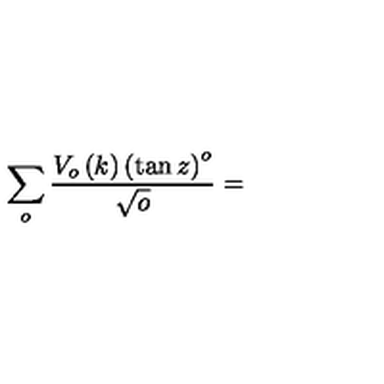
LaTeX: \sum _ { o } \frac { V _ { o } \left( k \right) \left( \tan z \right) ^ { o } } { \sqrt { o } } =